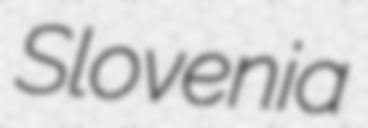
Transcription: Slovenia